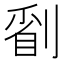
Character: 𠞔